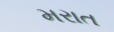
મરાત